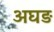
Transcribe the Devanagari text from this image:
अघड़